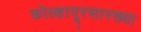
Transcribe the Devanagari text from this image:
कोल्हापूरसारख्या